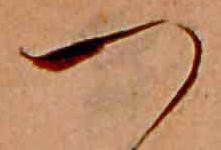
つ